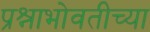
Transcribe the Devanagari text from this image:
प्रश्नाभोवतीच्या